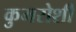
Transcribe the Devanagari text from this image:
कुमरोशी